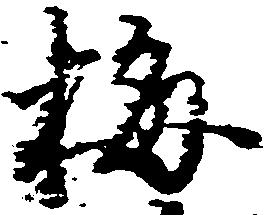
梅